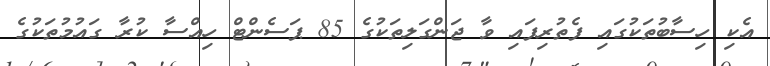
އެކި ހިސާބުތަކުގައި ފެތުރިފައި ވާ ޖަންގަލިތަކުގެ 85 ޕަސެންޓް ހިއްސާ ކުރާ ގައުމުތަކުގެ